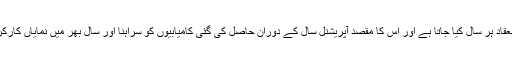
واضح رہے پاکستان نیوی کوسٹل کمانڈ کی ایفیشنسی کمپٹیشن پریڈ کا انعقاد ہر سال کیا جاتا ہے اور اس کا مقصد آپریشنل سال کے دوران حاصل کی گئی کامیابیوں کو سراہنا اور سال بھر میں نمایاں کارکردگی کا مظاہرہ کرنے والی یونٹس کو ایفیشینسی تمغات سےنوازنا ہے۔